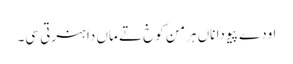
اودے پیو دا ناں ہرمن کوخ تے ماں دا ہنرتی سی۔